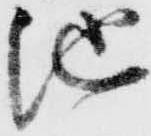
池